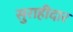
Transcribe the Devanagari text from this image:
सुराहीदार